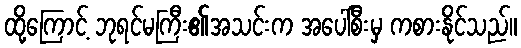
ထို့ကြောင့် ဘုရင်မကြီး၏အသင်းက အပေါ်စီးမှ ကစားနိုင်သည်။